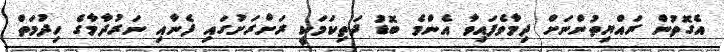
އެގޮތުން ރައްޔިތުންނަށް ދިމާވެފައިވާ އެންމެ ބޮޑު ދަތިކަމަކީ ރަށްރަށުގައި ފެނާއި ނަރުދާމާގެ ހިދުމަތް